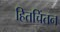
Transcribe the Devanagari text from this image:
हितचिंतन